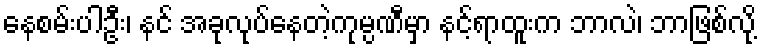
နေစမ်းပါဦး၊ နင် အခုလုပ်နေတဲ့ကုမ္ပဏီမှာ နင့်ရာထူးက ဘာလဲ၊ ဘာဖြစ်လို့